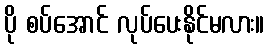
ပို စပ်အောင် လုပ်ပေးနိုင်မလား။